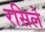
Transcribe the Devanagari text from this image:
रसिले